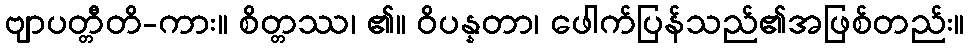
ဗျာပတ္တီတိ-ကား။ စိတ္တဿ၊ ၏။ ဝိပန္နတာ၊ ဖေါက်ပြန်သည်၏အဖြစ်တည်း။